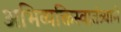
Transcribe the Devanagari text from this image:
अभिव्यक्तिस्वातंत्र्याने